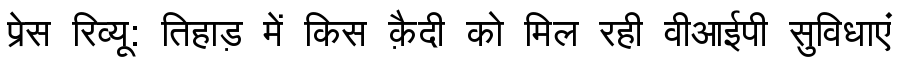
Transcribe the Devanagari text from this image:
प्रेस रिव्यू: तिहाड़ में किस क़ैदी को मिल रही वीआईपी सुविधाएं